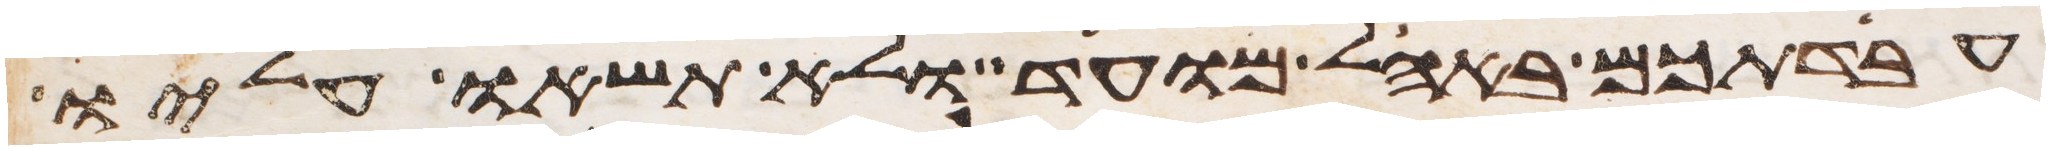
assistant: עבדתכם באהל מועד ולא תשאו עליו